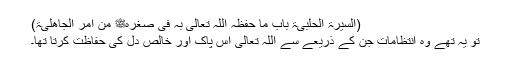
(السیرۃ الحلبیۃ باب ما حفظہ اللہ تعالیٰ بہ فی صغرہﷺ من امر الجاھلیۃ)
تو یہ تھے وہ انتظامات جن کے ذریعے سے اللہ تعالیٰ اس پاک اور خالص دل کی حفاظت کرتا تھا۔